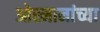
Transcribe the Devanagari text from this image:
ओस्मानांच्या